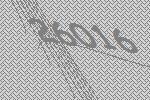
26016